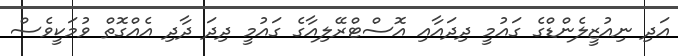
އަދި ނިއުޒީލެންޑްގެ ގައުމީ ދިދައާއި އޮސްޓްރޭލިއާގެ ގައުމީ ދިދަ ދާދި އެއްގޮތް ވުމަކީވެސް